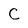
Character: C